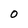
Character: O